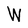
Character: W